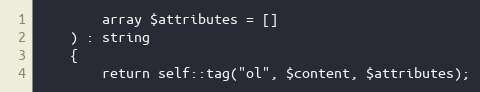
Language: PHP
        array $attributes = []
    ) : string
    {
        return self::tag("ol", $content, $attributes);